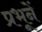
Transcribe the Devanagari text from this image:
प्रभूनें